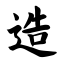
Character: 造